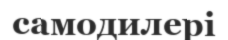
самодилері